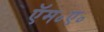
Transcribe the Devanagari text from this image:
ऍम॰ए॰